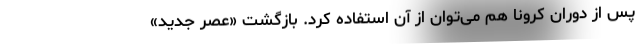
پس از دوران کرونا هم می‌توان از آن استفاده کرد. بازگشت «عصر جدید»